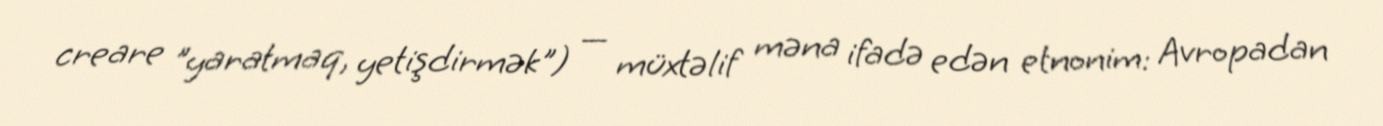
creare "yaratmaq, yetişdirmək") — müxtəlif məna ifadə edən etnonim: Avropadan